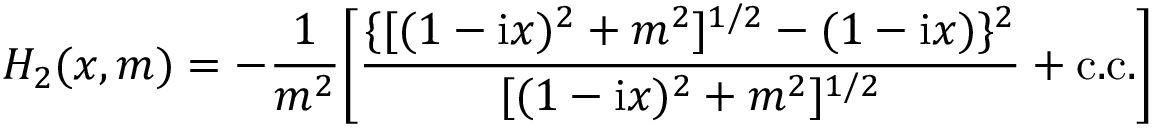
H _ { 2 } ( x , m ) = - \frac { 1 } { m ^ { 2 } } \biggl [ \frac { \{ [ ( 1 - \mathrm { i } x ) ^ { 2 } + m ^ { 2 } ] ^ { 1 / 2 } - ( 1 - \mathrm { i } x ) \} ^ { 2 } } { [ ( 1 - \mathrm { i } x ) ^ { 2 } + m ^ { 2 } ] ^ { 1 / 2 } } + \mathrm { c . c . } \biggr ]